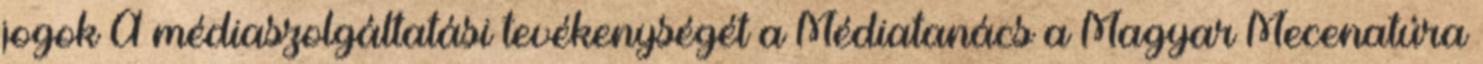
jogok A médiaszolgáltatási tevékenységét a Médiatanács a Magyar Mecenatúra